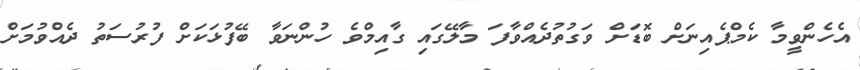
އެހެންވީމާ ކެމްޕެއިނަށް ބޮޑަށް ވަގުތުދެއްވާފަ މާލޭގައި ގާއިމްވެ ހުންނަވާ ބޭފުޅަކަށް ފުރުސަތު ދެއްވުމަށް